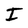
Character: I